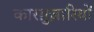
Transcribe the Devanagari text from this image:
कारग़ुज़ारियों